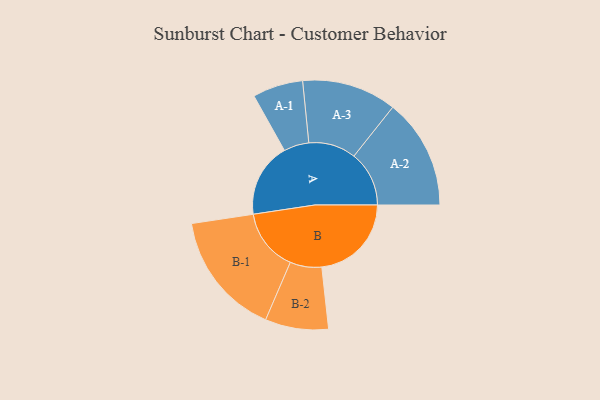
{"axis": {"x": "Segment", "y": "Value"}, "legend": ["", "A", "B"], "data": [{"x": "A", "y": 312, "type": ""}, {"x": "B", "y": 377, "type": ""}, {"x": "A-1", "y": 106, "type": "A"}, {"x": "A-2", "y": 232, "type": "A"}, {"x": "A-3", "y": 199, "type": "A"}, {"x": "B-1", "y": 262, "type": "B"}, {"x": "B-2", "y": 133, "type": "B"}]}